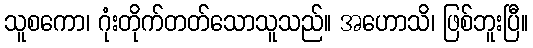
သူစကော၊ ဂုံးတိုက်တတ်သောသူသည်။ အဟောသိ၊ ဖြစ်ဘူးပြီ။